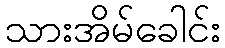
သားအိမ်ခေါင်း